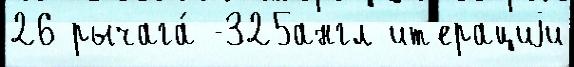
26 рычага́ -325англ ит'ерациjи